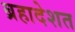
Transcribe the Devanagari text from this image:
ब्रहादेशत